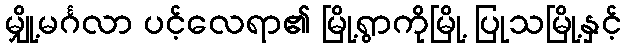
မျှို့မင်္ဂလာ ပင့်လေရာ၏ မြို့ရွာကိုမြို့ ပြုသမြို့နှင့်